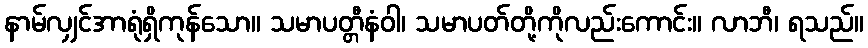
နာမ်လျှင်အာရုံရှိကုန်သော။ သမာပတ္တီနံဝါ၊ သမာပတ်တို့ကိုလည်းကောင်း။ လာဘီ၊ ရသည်။